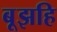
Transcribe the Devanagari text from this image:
बूझहि